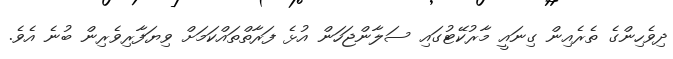
ދިވެހިންގެ ތެރެއިން ގިނައީ މާރުކޭޓުގައި ސަލާންޖަހަން އުޅެ ފަރާތްތައްކަމަށް ވިޔަފާރިވެރިން ބުނެ އެވެ.